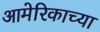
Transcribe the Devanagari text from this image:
आमेरिकाच्या